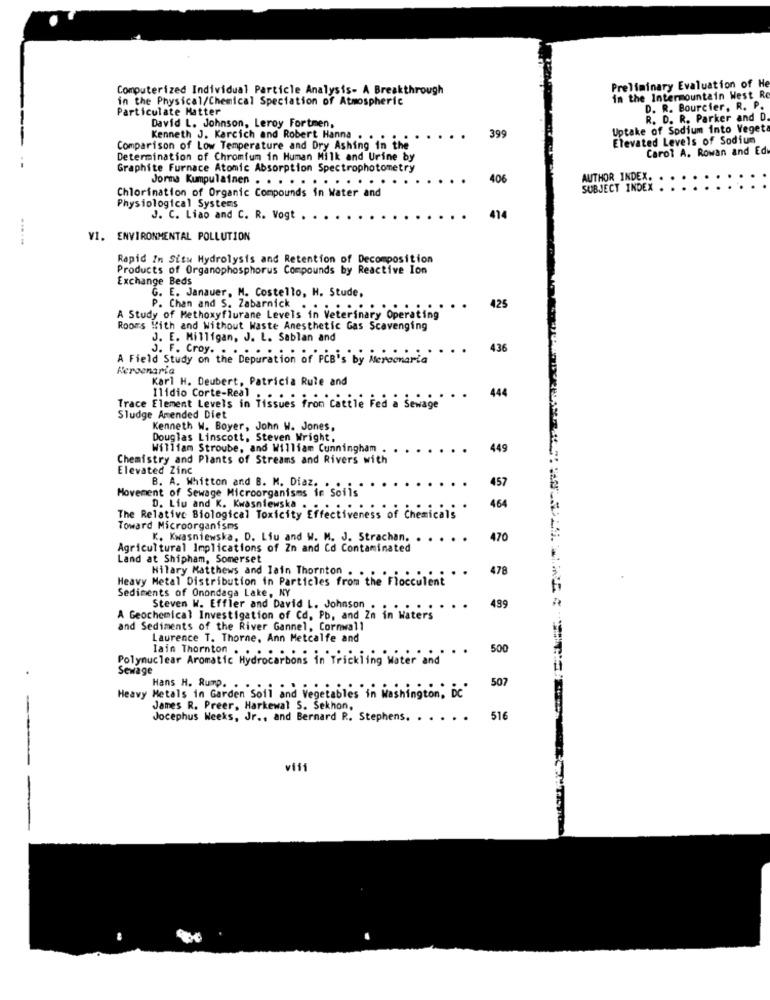
Preliminary Evaluation of H
Computerized Individual Particle Analysis- A Breakthrough
in the Physical/Chemical Speciation of Atmospheric
in the Intermountain West Re
Particulate Matter
D. R. Bourcier, R. P.
R. D. R. Parker and D.
David L. Johnson, Leroy Fortmen,
Uptake of Sodium into Veget
Kenneth J. Karcich and Robert Hanna . .
399
Elevated Levels of Sodium
Comparison of Low Temperature and Dry Ashing in the
Carol A. Rowan and Ed
Determination of Chromium in Human Milk and Urine by
Graphite Furnace Atomic Absorption Spectrophotometry
406
AUTHOR INDEX.
Chlorination of Organic Compounds in Water and
Jorma Kumpulainen . . . . . . . . . . . .
SUBJECT INDEX .
Physiological Systems
J. C. Liao and C. R. Vogt
414
VI. ENVIRONMENTAL POLLUTION
Rapid In Situ Hydrolysis and Retention of Decomposition
Products of Organophosphorus Compounds by Reactive Ion
Exchange Beds
G. E. Janauer, M. Costello, H. Stude.
P. Chan and S. Zabarnick . .
.::::::
425
A Study of Methoxyflurane Levels in Veterinary Operating
Rooms With and Without Waste Anesthetic Gas Scavenging
J. E. Milligan, J. L. Sablan and
436
A Field Study on the Depara
J. F. Croy. . ... ation of PCB's by Mercenaria
Kersenaria
Karl H. Deubert, Patricia Rule and
444
Ilidio Corte-Real .
Trace Element Levels in Tissues fron catile Fed a Sewage
Sludge Amended Diet
Kenneth W. Boyer, John W. Jones,
Douglas Linscott, Steven Wright,
William Stroube, and William Cunningham . .
449
Chemistry and Plants of Streams and Rivers with
Elevated Zinc
B. A. Whitton and B. M. Diaz. .
457
Movement of Sewage Microorganisms in Soils"
D. Liu and K. Kwasniewsk
464
The Relative Biological Toxicity Effectiveness of Chemicals
Toward Microorganisms
K. Kwasniewski. Liu and W. M. J. Strachan,
470
Agricultural Implications of Zn and Co Contaminated
Land at Shipham, Somerset
478
Heavy Metal Distribution in Particles from the Flocculent
Hilary Matthews and lain Thornton . .
Sediments of Onondaga Lake, NY
Steven W. Effler and David L. Johnson .
489
A Geochemical Investigation of Cd. Pb, and Zn in Waters
and Sediments of the River Gannel, Cornwall
Laurence T. Thorne, Ann Metcalfe and
lain Thornton .
500
Polynuclear Aromatic Hydrocarbons in Trickling Water and
Sewage
.
507
Hans H. Rump. . .
Heavy Metals in Garden Soil and Vegetables in Washington, Dc"
James R. Preer, Harkewal S. Sekhon,
-
Jocephus Weeks, Jr ., and Bernard P .. Stephens. ..
516
viii